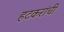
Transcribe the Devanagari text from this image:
हटकरांची